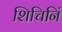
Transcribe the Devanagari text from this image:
शिचिनिं